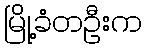
မြို့ခံတဦးက